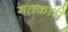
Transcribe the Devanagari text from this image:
गतकारी